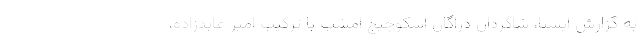
به گزارش ایسنا، شاگردان دراگان اسکوچیچ امشب با ترکیب امیر عابدزاده،